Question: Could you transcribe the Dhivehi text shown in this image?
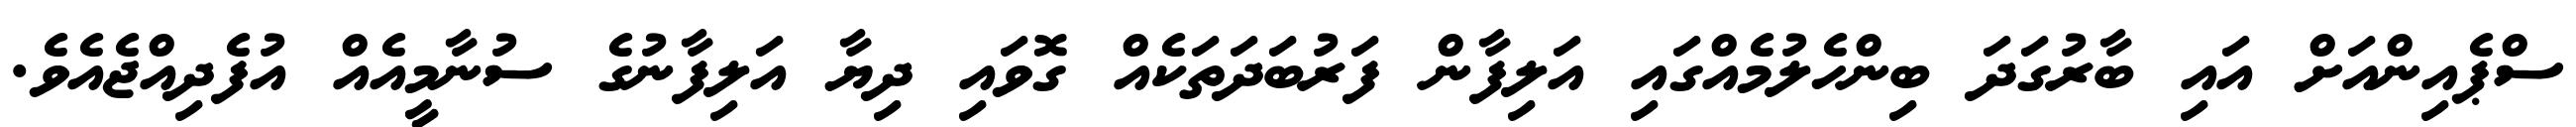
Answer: ސްޕެއިންއަށް އައި ބާރުގަދަ ބިންހެލުމެއްގައި އަލިފާން ފަރުބަދަތަކެއް ގޮވައި ދިޔާ އަލިފާނުގެ ސުނާމީއެއް އުފެދިއްޖެއެވެ.